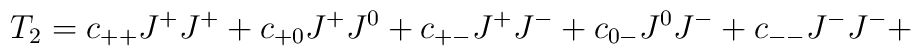
T_2 =  c_{++} J^+ J^+ + c_{+0} J^+ J^0 + c_{+-} J^+ J^- + c_{0-} J^0 J^- +c_{--} J^- J^- +